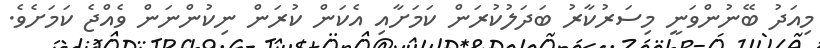
މިއަދު ބޭނުންވަނީ މިސަރުކާރު ބަދަލުކުރަން ކަަމަށާއި އެކަން ކުރަން ނިކުންނަން ވެއްޖެ ކަމަށެވެ.